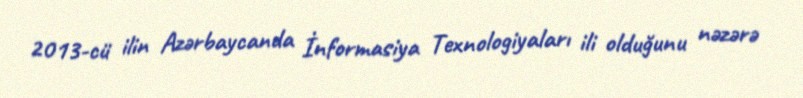
2013-cü ilin Azərbaycanda İnformasiya Texnologiyaları ili olduğunu nəzərə